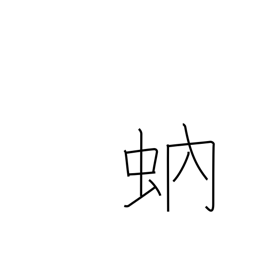
Meaning: gnat